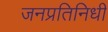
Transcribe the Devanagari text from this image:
जनप्रतिनिधी